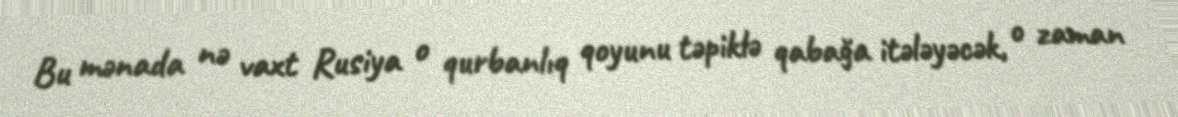
Bu mənada nə vaxt Rusiya o qurbanlıq qoyunu təpiklə qabağa itələyəcək, o zaman